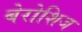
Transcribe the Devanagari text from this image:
बेरोशिज